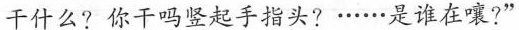
干什么?你干吗竖起手指头?······是谁在嚷?”